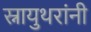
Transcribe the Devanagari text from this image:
स्नायुथरांनी